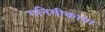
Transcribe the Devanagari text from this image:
गनिमीकावा